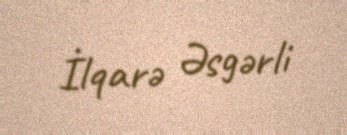
İlqarə Əsgərli